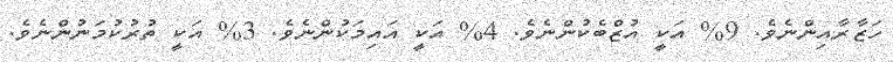
ހަޒާރާއިންނެވެ. 9% އަކީ އުޒްބެކުންނެވެ. 4% އަކީ އައިމަކުންނެވެ. 3% އަކީ ތުރުކުމަނުންނެވެ.